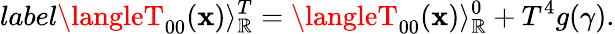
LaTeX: label{}\langleT_{00}(\mathbf{x})\rangle_{\mathbb{R}}^{T}=\langleT_{00}(\mathbf{x})\rangle_{\mathbb{R}}^{0}+T^{4}g(\gamma).